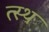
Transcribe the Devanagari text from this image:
त्स्थ